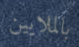
بالملايين